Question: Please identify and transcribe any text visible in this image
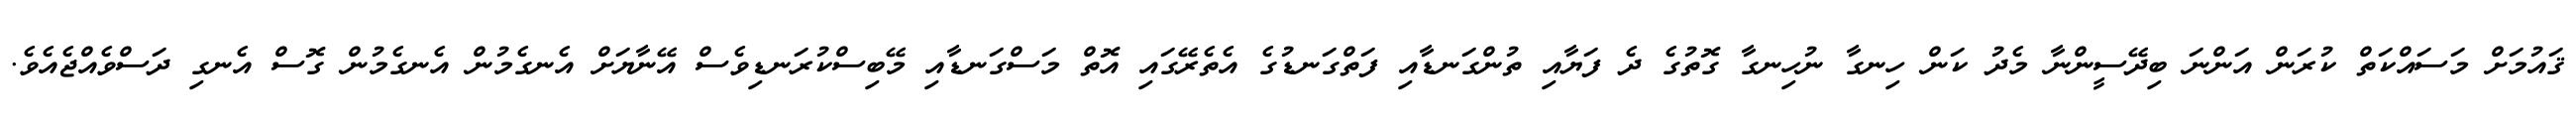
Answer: ޤައުމަށް މަސައްކަތް ކުރަން އަންނަ ބިދޭސީންނާ މެދު ކަން ހިނގާ ނުހިނގާ ގޮތުގެ ދެ ފަޔާއި ތުންގަނޑާއި ފަތްގަނޑުގެ އެތެރޭގައި އޮތް މަސްގަނޑާއި މޭބިސްކުރަނޑިވެސް އޭނާޔަށް އެނގެމުން އެނގެމުން ގޮސް އެނގި ދަސްވެއްޖެއެވެ.